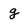
Character: g